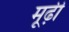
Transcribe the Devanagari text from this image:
मूढ़ी